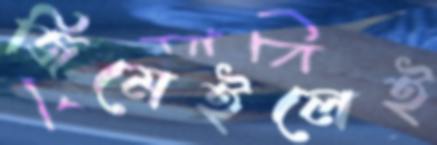
জিমেইলেই